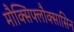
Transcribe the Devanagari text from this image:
मौक्सिफ्लौक्सासिन